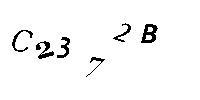
C2372B